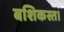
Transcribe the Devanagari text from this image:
बशिकस्त।